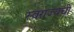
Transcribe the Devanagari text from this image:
स्वराज्यची